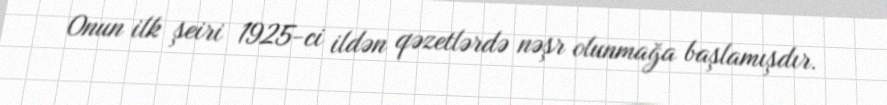
Onun ilk şeiri 1925-ci ildən qəzetlərdə nəşr olunmağa başlamışdır.